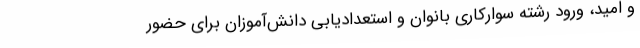
و امید، ورود رشته سوارکاری بانوان و استعدادیابی دانش‌آموزان برای حضور